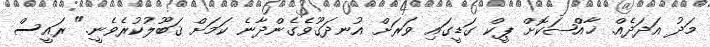
މަދު އަދަދެއް. ޚާއްޞަކޮށް ޕީކް ގަޑީގައި ވަރަށް އުނދަގޫވެގެންދާނެ ކަމަށް ޤަބޫލުކުރެވެނީ." ރައީސް